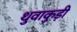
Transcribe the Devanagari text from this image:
थुवाकुड़ी